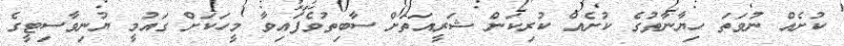
ކުށެއް ނުވަތަ ހިޔާނާތުގެ ކުށެއް ކުރިކަން ޝަރީއަތަށް ސާބިތުވެފައިވާ މީހަކަށް ގައުމީ ޔުނިވާސިޓީގެ